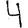
Digit: 4